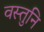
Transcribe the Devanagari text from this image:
वस्तुनि